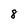
Character: 8